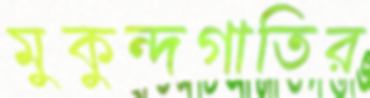
মুকুন্দগাতির